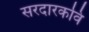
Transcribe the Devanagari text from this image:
सरदारकवि